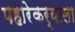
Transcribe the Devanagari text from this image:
पहारेकर्‍याला